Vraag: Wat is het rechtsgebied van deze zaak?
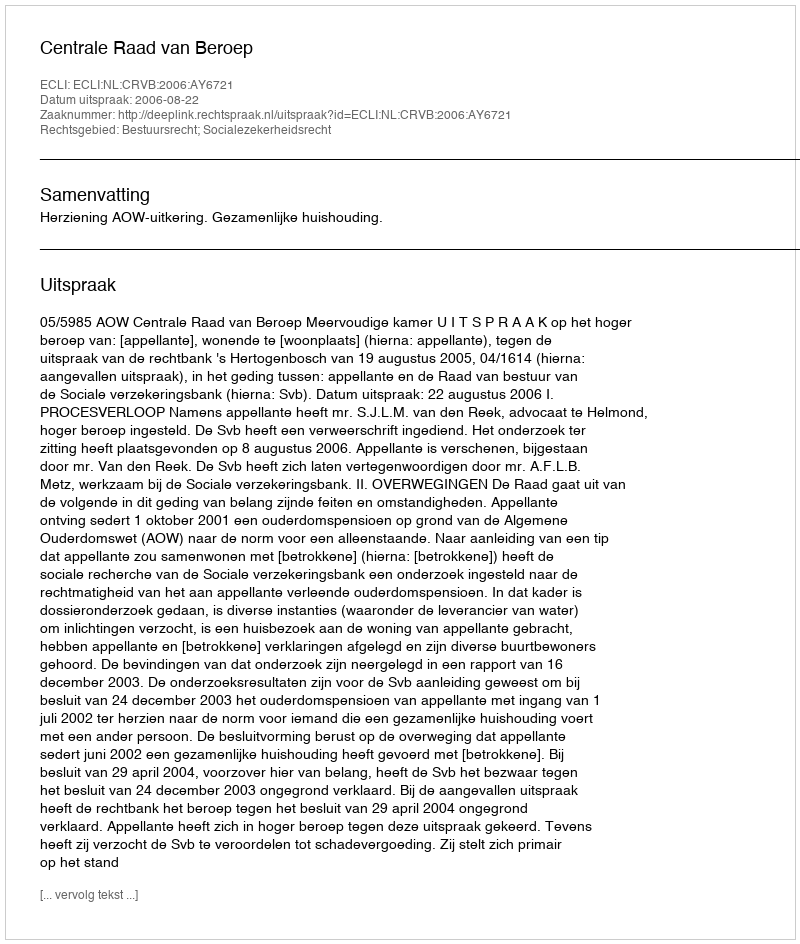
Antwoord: Bestuursrecht; Socialezekerheidsrecht